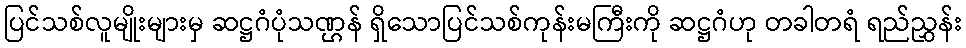
ပြင်သစ်လူမျိုးများမှ ဆဋ္ဌဂံပုံသဏ္ဌန် ရှိသောပြင်သစ်ကုန်းမကြီးကို ဆဋ္ဌဂံဟု တခါတရံ ရည်ညွှန်း